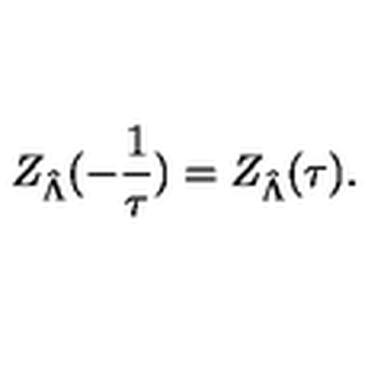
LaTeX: Z _ { \hat { \Lambda } } ( - \frac 1 \tau ) = Z _ { \hat { \Lambda } } ( \tau ) .